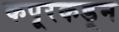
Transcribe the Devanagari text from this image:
कपूरकडून